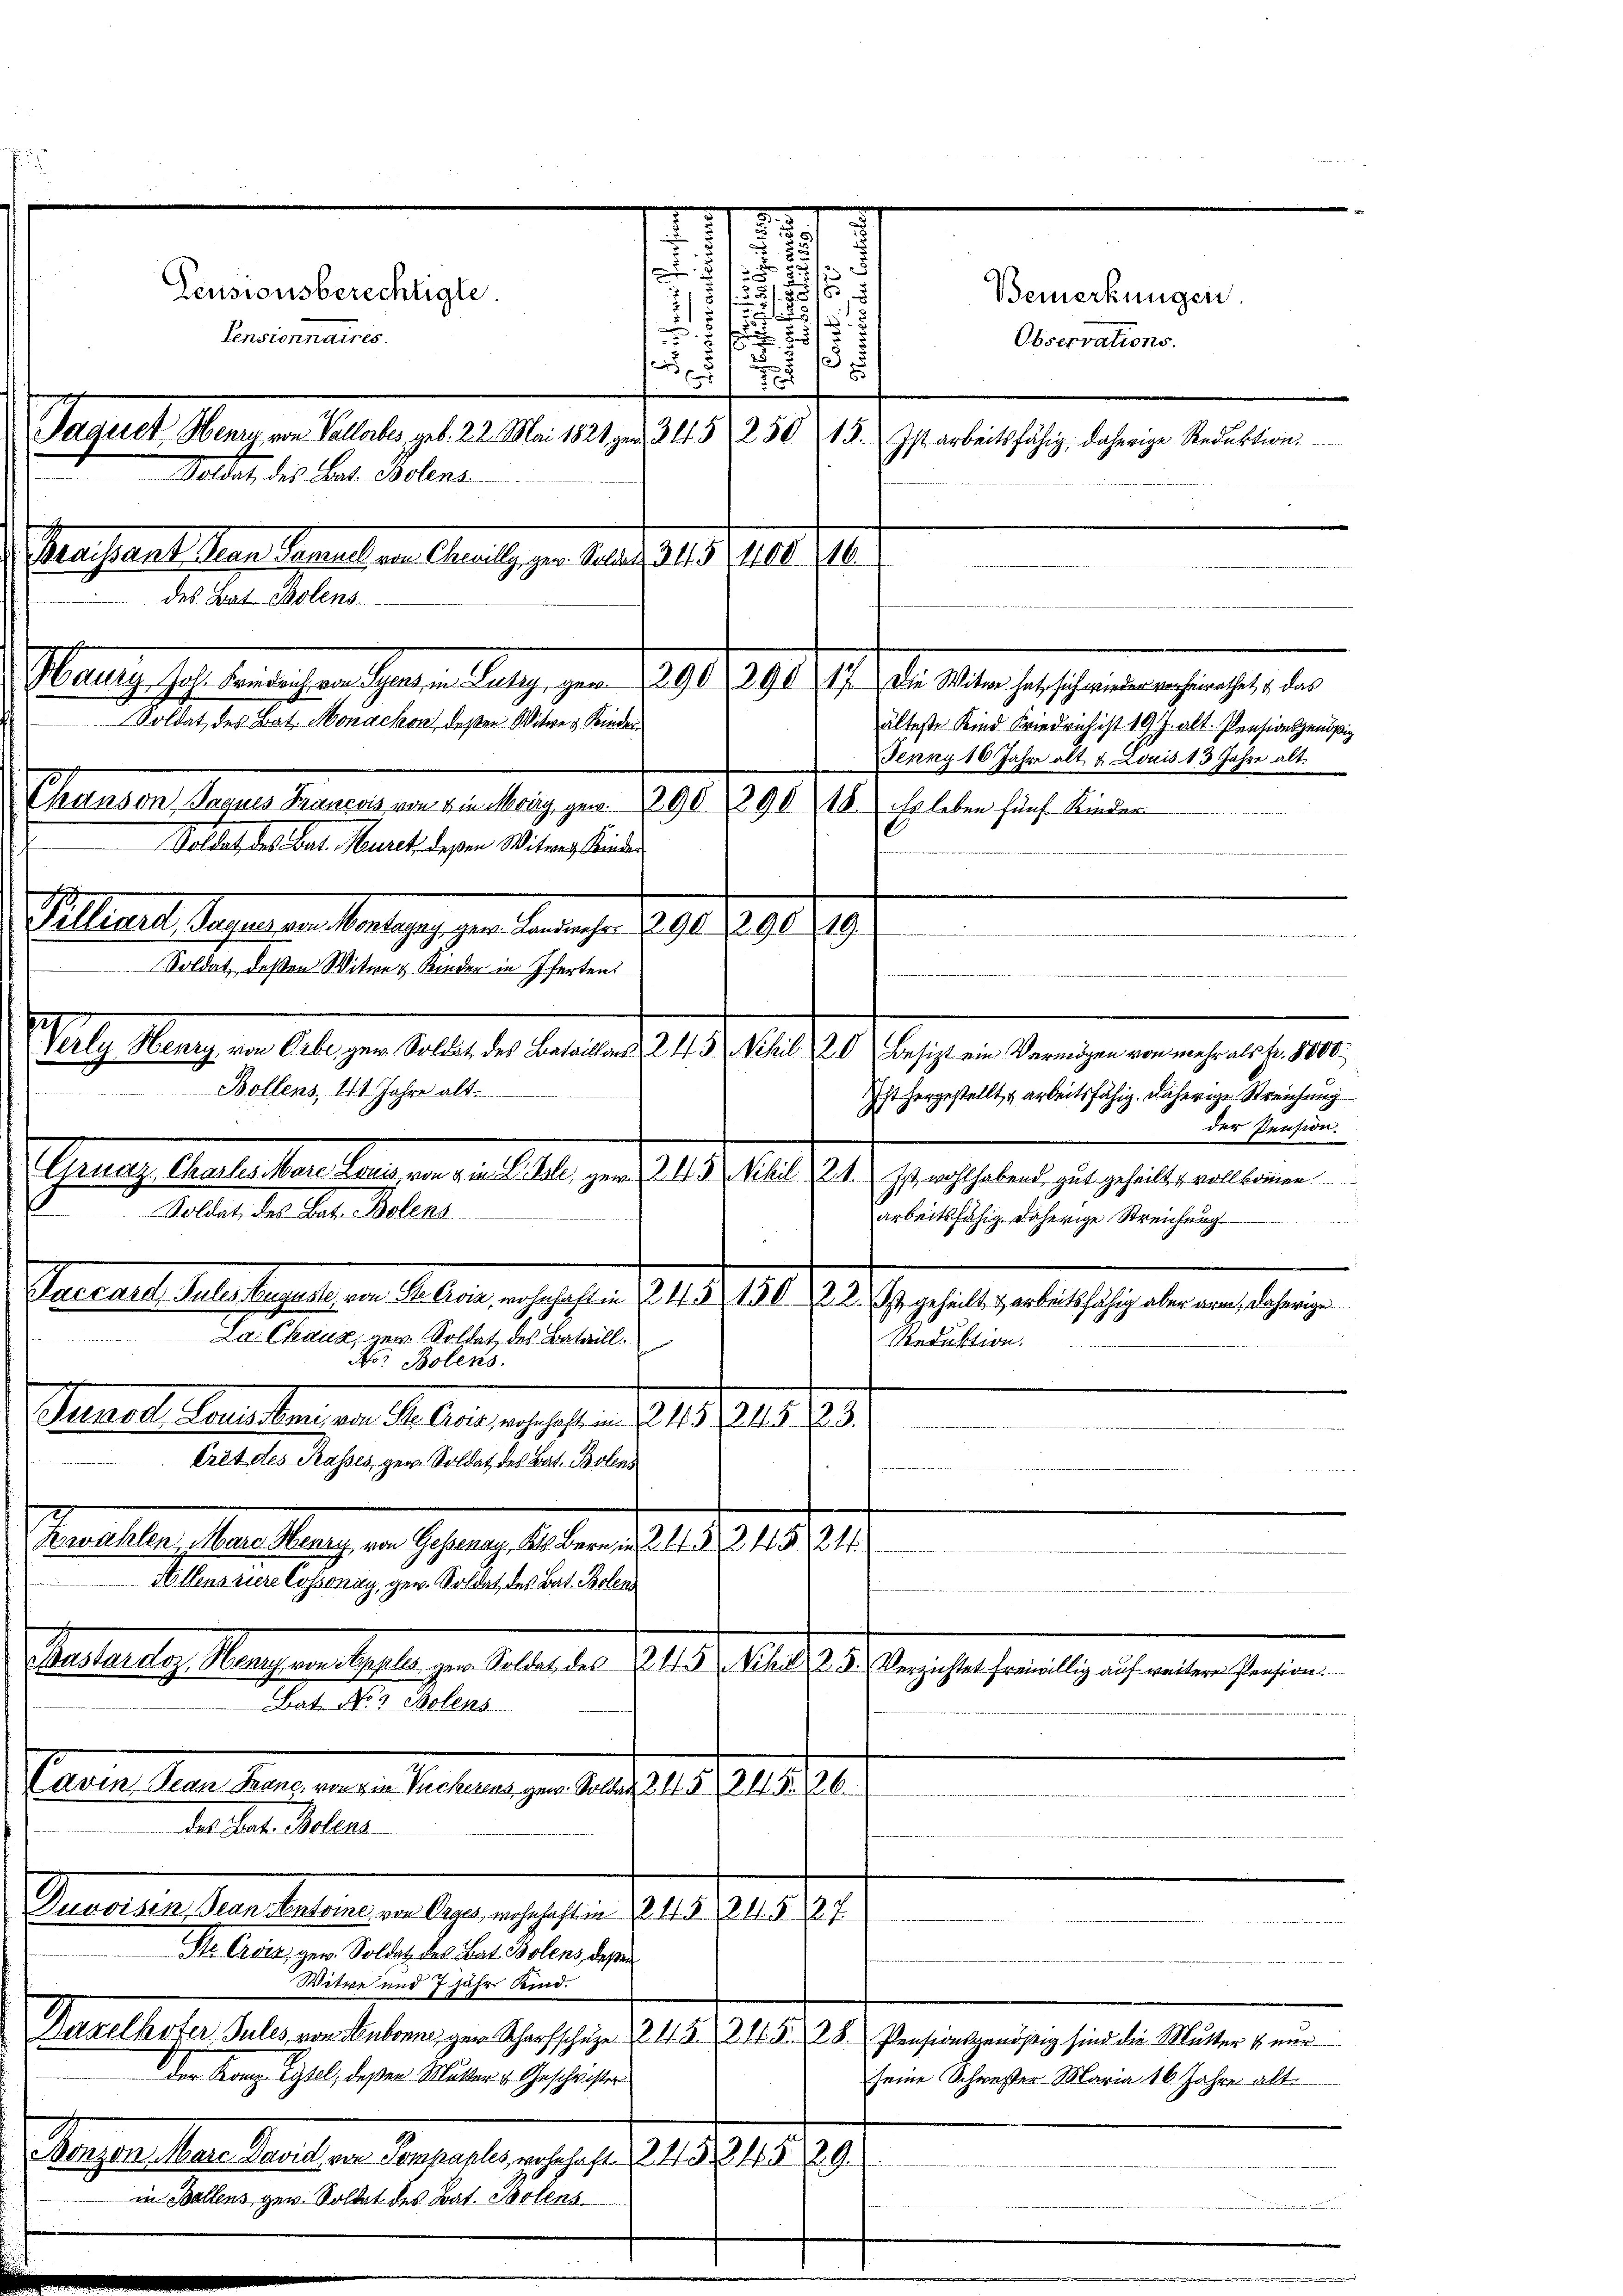
Pensionsberechtigte.
Pensionnaires.
Jaquet Herr von Vallabes geb. 22. Mai 1821 nr 315 250. 45. Ist arbeitsfähig, daherige Redaktion
Soldat, das Bat. Bolens
Mahant an Separten Genitz der Mart. 1419. 710. 1910.
des Bat. Bolens
Haug ich eine hat seinen Tag, gern 1291. 1890. 19. die Macht ihreren gerichte der
Chanden, Jenner Krauens um ausherig, per 1890. 291 28. erleben fünf Kinden
Goldat, des Bat. Nuret, deßen Witwe Kinder
.
Gitteres Vergangen Anlages zur Berecher 1891. 298. 89
Soldat, deßen Witwe & Kinder in Ifertent
erly Herry, von Orbe, gew. Soldat des Bataillons 243 Schil 20 Besizt ein Vermögen von mehr als Fr. 8800.
Bollens, 11 Jahre alt.

Soldat des Bat. Monacken, deßen Witwe Kinder

5

.
u
2
1
.
s
55
u
5
2
der
7

Observations.
älteste Kind Friedrich ist 19 J. alt. Pensionsgenößig
Jenny 10 Jahre alt & Louis 13 Jahre alt.

1
1 x

Ist hergestellt, u arbeitsfähig. Daherige Streichung
der Pension.
Grnaz Cacher Man kann, von versihl, gern § 13 Stil Kt. Sprachthabend, gut gehalten vollkommen.
Soldat des Bat. Bolens
Aarbeitsfähig. Daherige Streichung.
Seren habe es ist an Mann es hat. 241. 191. Der Begehalte alte ich aber eine seinen
La Chaus, gen. Soldat, des Bataill.
Reduktion .............
No: Bolens.
Steuer, Testangen in Armen sehen Geld 118. 283.
Erit des Rasses, gen. Soldat des Bat. Bolens
.
Allensriere Cossonay, ger. Soldat des Bat. Bolen
Bat. No 2 Polens
varenten
Tarin den Kennenen Seiten zu entgeld gestehe
det des Milita
Gemeinstern Seinen lag es sehen Abs. 219. 24.
Str Crvis, gew. Soldat des Bat Bolens, deßen
Witwe und 7 Jahr. Kind.
Davelhoter Sules von Hubonn zur Scharfschüge 2. 13. 245. 28. Pensionsgenößig sind die Mutter beur
Der Kranz Eitel, deßen Mutter v. Geschweister
seine Schwester Maria 16 Jahre alt.
Mappeller Meisten Gegenstens d. 25 l. 80
in Ballens gew. Soldat des Bat. Polens

Gewalten, dans lang in Gesung des an die 125. 218. 211.
Pestalt. Mangen daher zu selbe der 1818. Mit Auge hat mit ihres selben sehenen

7

Bemerkungen.